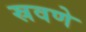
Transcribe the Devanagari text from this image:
स्रवणे